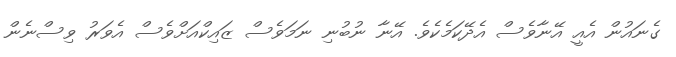
ގެނައުން އެއީ އޭނާވެސް އެދޭކަމެކެވެ. އޭނާ ނުބުނި ނަމަވެސް ޒައިކްއަށްވެސް އެވަރު ވިސްނެން